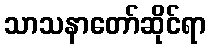
သာသနာတော်ဆိုင်ရာ